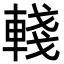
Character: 輚